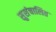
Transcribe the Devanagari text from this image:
सुसंचालित